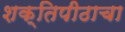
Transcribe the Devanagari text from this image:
शक्तिपीठाचा